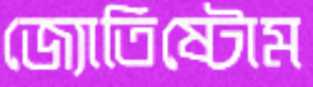
জ্যোতিষ্টোম